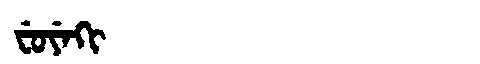
Manchu: ᠸᡠᠶᡝᡴᡳ
Romanization: FUYEKI